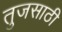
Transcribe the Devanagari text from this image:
तुजसाठी